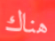
هناك